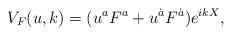
LaTeX: \begin{align*}V_F(u,k) = (u^aF^a+u^{\dot{a}}F^{\dot{a}})e^{ikX},\end{align*}